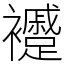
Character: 䙯